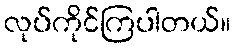
လုပ်ကိုင်ကြပါတယ်။